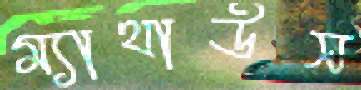
ম্যাথাউস